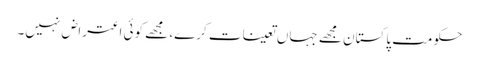
حکومت پاکستان مجھے جہاں تعینات کرے، مجھے کوئی اعتراض نہیں۔